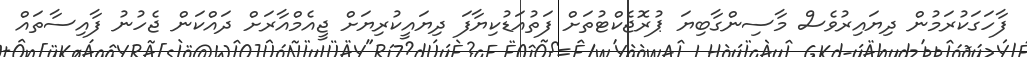
ފާހަގަކުރަމުން ދިޔައިރުވެސް މާސިންގާބިޔަ ޕުރޮޖެކްޓުތަށް ފަތުއަޑުކިޔާފަ ދިޔައީކުރިޔަށް ޖީއެމްއާރަށް ދައްކަން ޖެހުނު ފާއިސާތައް